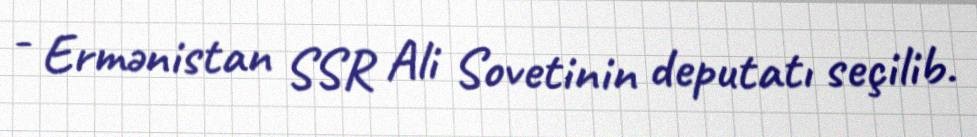
- Ermənistan SSR Ali Sovetinin deputatı seçilib.